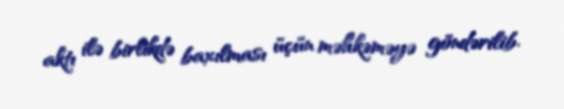
aktı ilə birlikdə baxılması üçün məhkəməyə göndərilib.